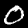
Label: 0